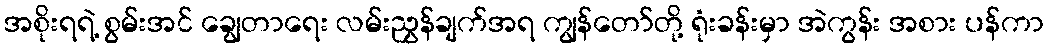
အစိုးရရဲ့ စွမ်းအင် ချွေတာရေး လမ်းညွှန်ချက်အရ ကျွန်တော်တို့ ရုံးခန်းမှာ အဲကွန်း အစား ပန်ကာ